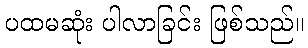
ပထမဆုံး ပါလာခြင်း ဖြစ်သည်။